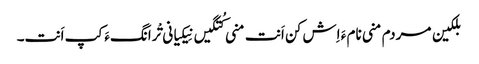
بلکین مردم منی نام ءَ اِش کن اَنت منی کُتگیں نِیکیانی تْرانگءَ کپ اَنت۔